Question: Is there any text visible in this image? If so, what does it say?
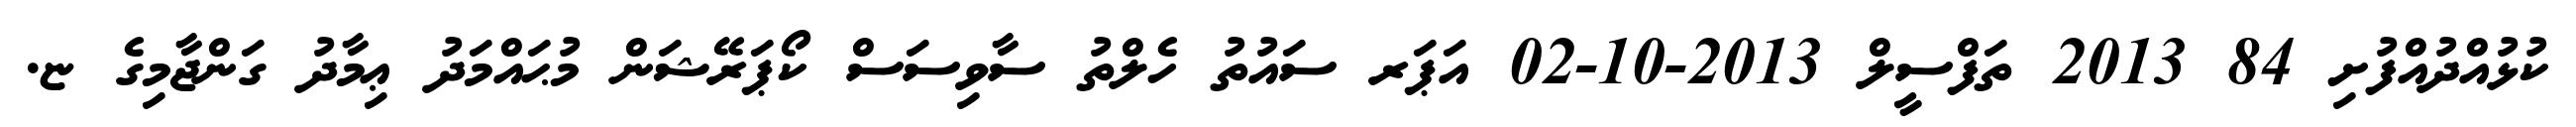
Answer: ކުޅުއްދުއްފުށި 84 2013 ތަފްސީލް 2013-10-02 އަޕަރ ސައުތު ހެލްތު ސާވިސަސް ކޯޕަރޭޝަން މުޙައްމަދު ޢިމާދު ގަންޖާމިގެ ޏ.